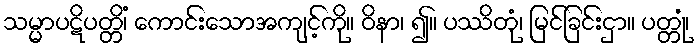
သမ္မာပဋိပတ္တိံ၊ ကောင်းသောအကျင့်ကို။ ဝိနာ၊ ၍။ ပဿိတုံ၊ မြင်ခြင်းငှာ။ ပတ္တုံ၊